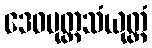
ဒေဝပုတ္တသံယုတ္တံ